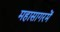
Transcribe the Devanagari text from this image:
महासागरमें